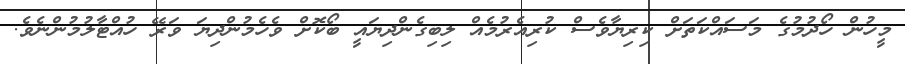
މީހުން ހޯދުމުގެ މަސައްކަތަށް ކިރިޔާވެސް ކުރިއެރުމެއް ލިބިގެންދިޔައީ ބޯކޮށް ވެހެމުންދިޔަ ވަރޭ ހުއްޓާލުމުންނެވެ.